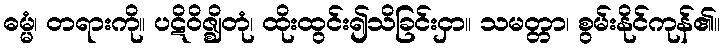
ဓမ္မံ၊ တရားကို။ ပဋိဝိဇ္ဈိတုံ၊ ထိုးထွင်း၍သိခြင်းငှာ။ သမတ္တာ၊ စွမ်းနိုင်ကုန်၏။